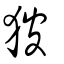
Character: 狓